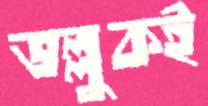
ভল্লুকই